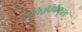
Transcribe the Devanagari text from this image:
रुधिरविषाक्तता